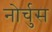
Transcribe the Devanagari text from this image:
नोर्चुस